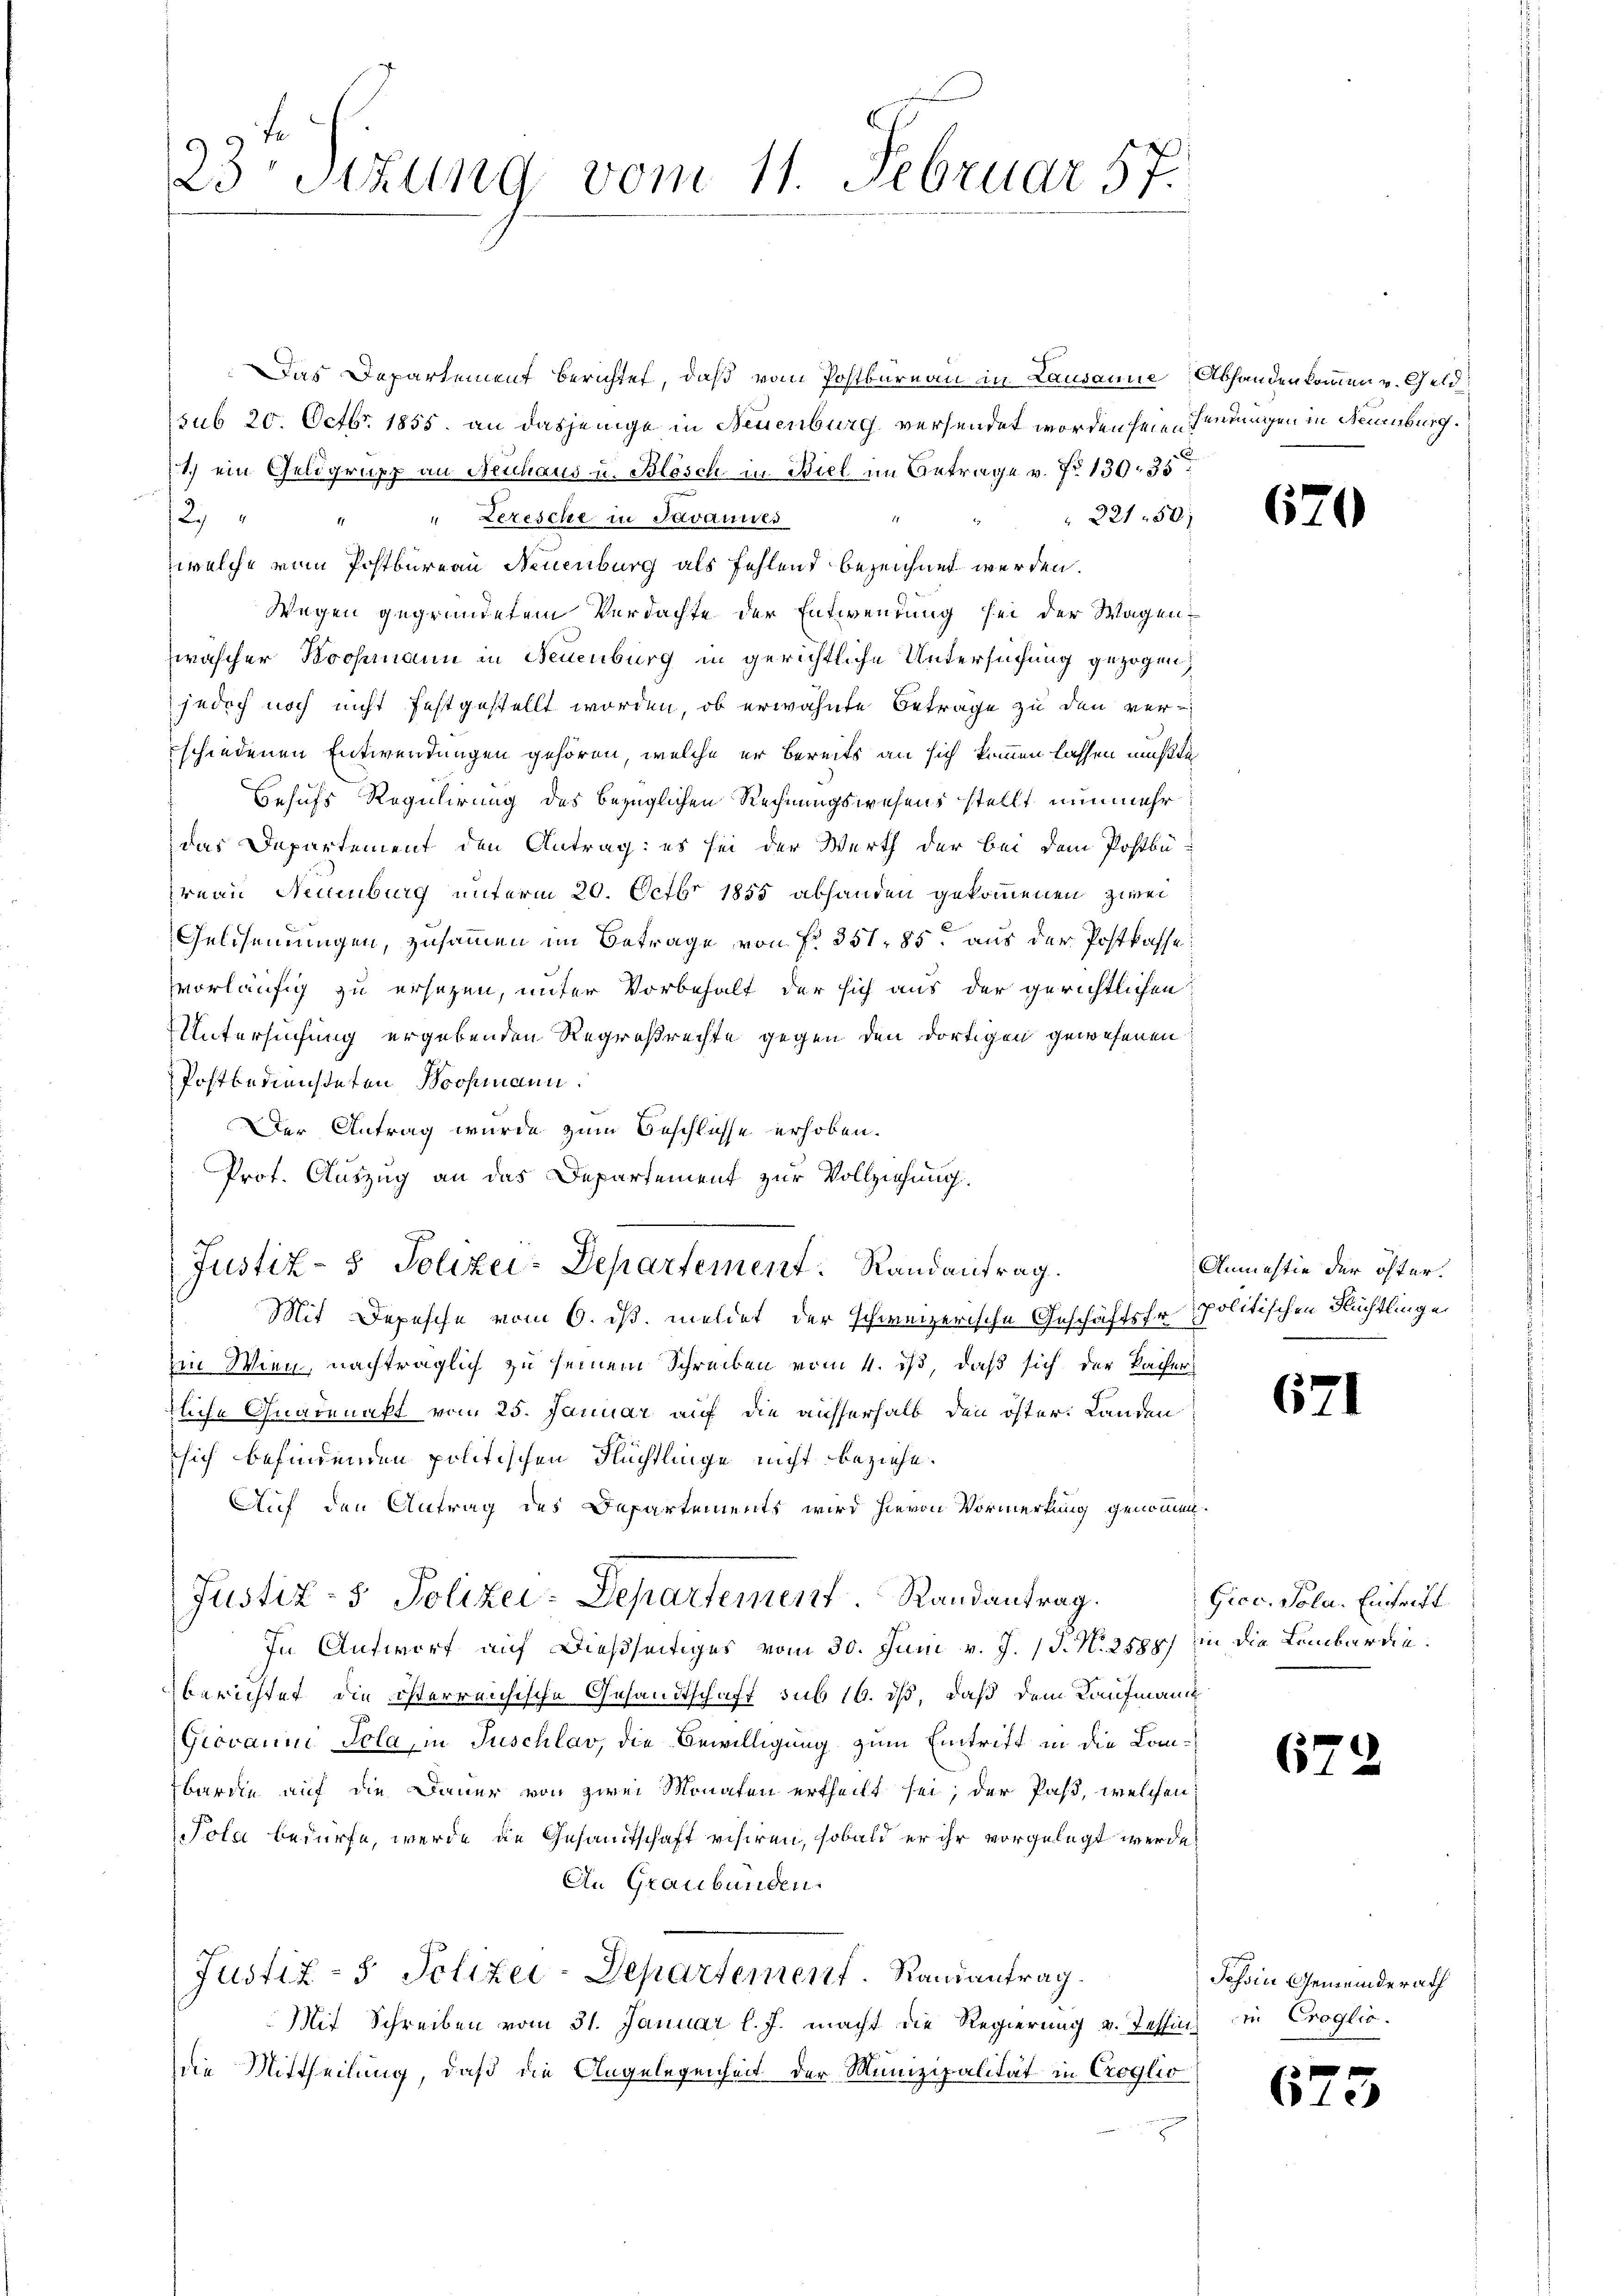
23 Sitzung vom 11. Februar 57.

Das Departement berichtet, daß vom Postbureau in Lausanne Abhandenkommen v. Geld
sub 20. Octbr. 1855. an dasjenige in Neuenburg versendet worden sei eredungen in Neuenburg.
1.) ein Geldgrupp an Neuhaus u. Blösch in Biel im Betrage v. No 130, 35
 " " " Zeresche in Javauwes
" " " 221 50
welche von Postbureau Neuenburg als fehlend bezeichnet werden.
Wegen gegründetem Verdachte der Entwendung sei der Wagen
zwascher Boosmann in Neuenburg in gerichtliche Untersuchung gezogen,
jedoch noch nicht festgestellt worden, ob erwähnte Betrage zu den ver-
schiedenen Entwendungen gehören, welche er bereits an sich kommen lassen müßte,
Behufs Regulirung des bezüglichen Rechnungswesens stellt nunmehr
das Departement den Antrag: es sei der Werth der bei dem Postbü-
reau Neuenburg unterm 20. Octbr 1855 abhanden gekommenen zwei
Geldsamungen, zusammen im Betrage von fr. 351. 85. aus der Postkasse
vorläufig zu ersetzen, unter Vorbehalt der sich aus der gerichtlichen
Untersuchung ergebenden Regroßrechte gegen den dortigen gewesenen
Postbediensteten Brokmann.
Der Antrag wurde zum Beschlüsse erhoben.
Mit Depesche vom 6. ds. meldet der schweizerische Geschäftsfr. politischen Flüchtlingen
Ein Wien, nachträglich zu seinem Schreiben vom 4. ist, daß sich der Kaiser
tliche Gnadenakt vom 25. Januar auf die ausserhalb den öster. Landen
sich befindenden politischen Flüchtlinge nicht beziehe.
Auf den Antrag des Departements wird hievon Vormerkung genommen
Justiz- & Polizei-Departement Randantrag.
In Antworf auf dießseitiges vom 30. Juni v. J. J. N. 2588) in die Lembardieberichtet, die österreichische Gesandtschaft sub 16. dß, daß dem Kaufmann
Giovanni Sola, in Tuschlav, die Bewilligung zum Eintritt in die Lombarde auf die Dauer von zwei Monaten ertheilt sei; der Pass, welchen:
Pola bedürfe, werde die Gesandtschaft visiren, sobald er ihr vorgelegt werde,
An Graubünden.
Justiz- & Polizei-Departement. Randantrag.
Mit Schreiben vom 31. Januar l. J. macht die Regierung v. Tessin in Croglio.
die Mittheilung, daß die Angelegenheit der Munizipalität in Croglio

Prot. Auszug an das Departement zur Vollziehung.
Justiz- & Polizei-Departement. Randantrag.

670

Anmastie der öfter.

671

Gicc. Pola. Eintritt

67

67

Tessin Gemeinderath

c